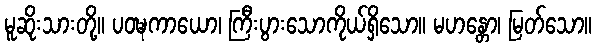
မူဆိုးသားတို့။ ပဝဍ္ဎကာယော၊ ကြီးပွားသောကိုယ်ရှိသော။ မဟန္တော၊ မြတ်သော။